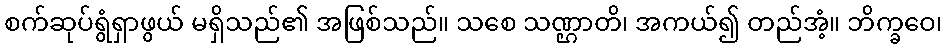
စက်ဆုပ်ရွံရှာဖွယ် မရှိသည်၏ အဖြစ်သည်။ သစေ သဏ္ဌာတိ၊ အကယ်၍ တည်အံ့။ ဘိက္ခဝေ၊